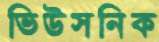
ভিউসনিক